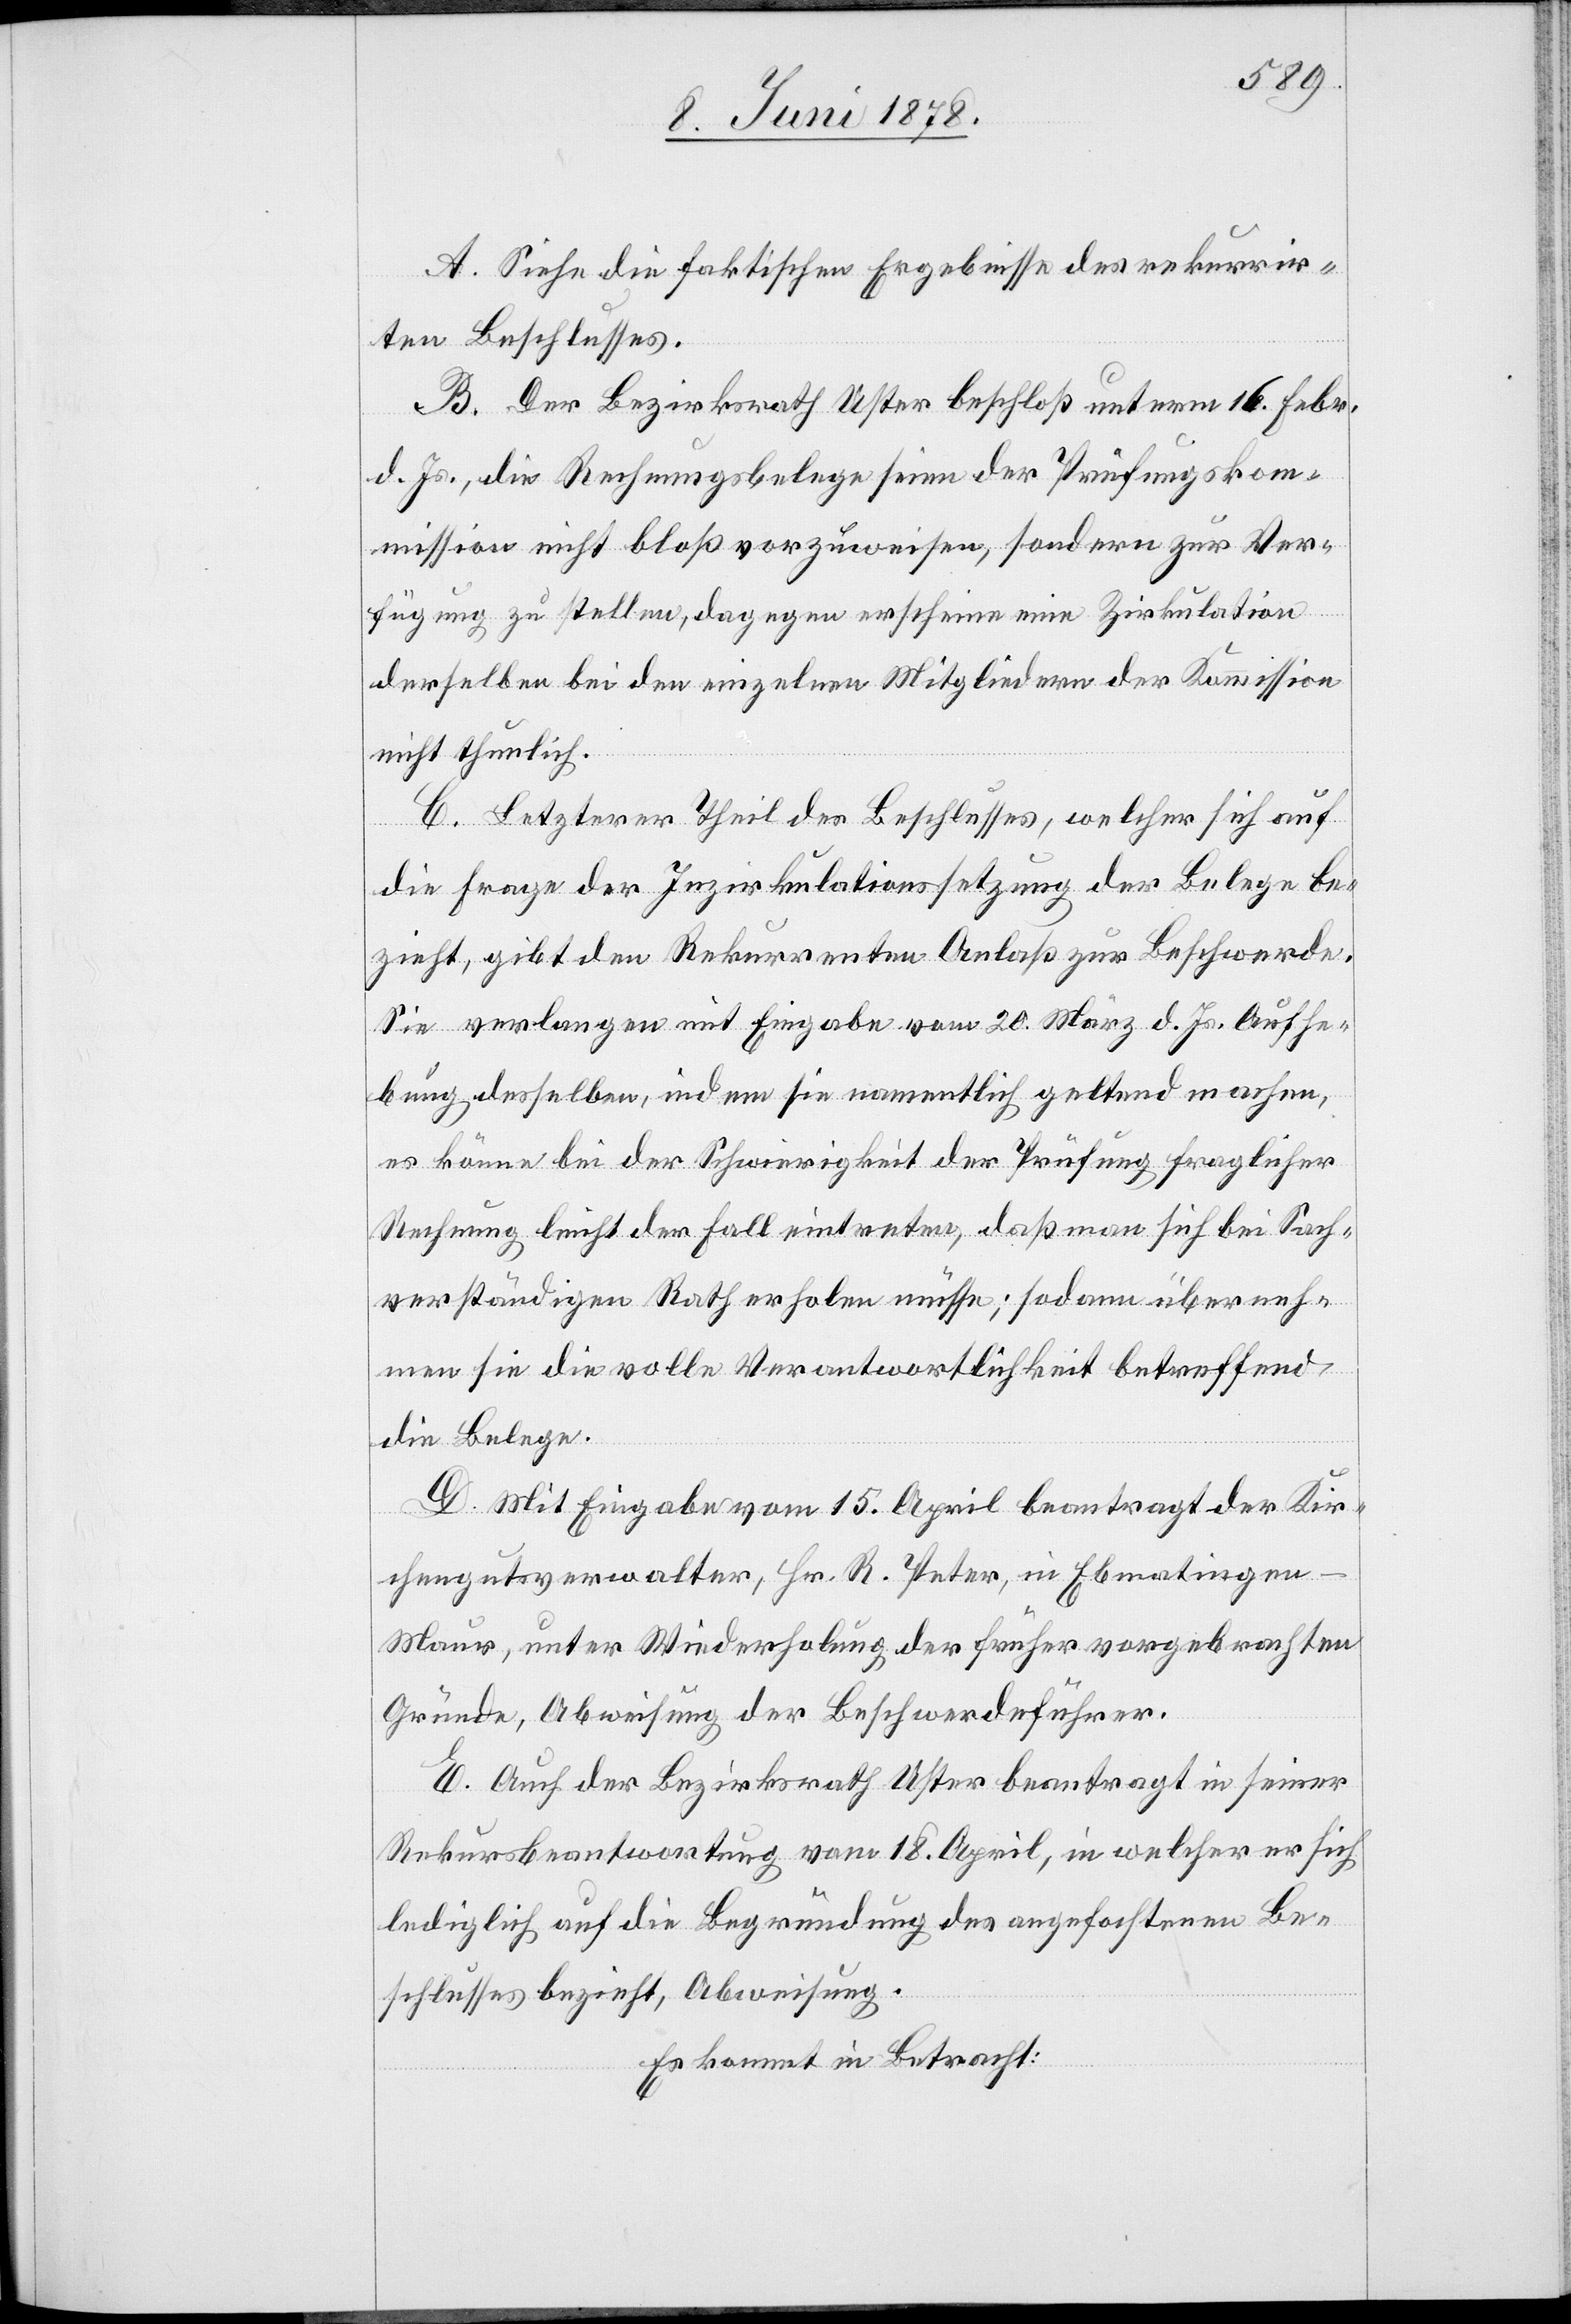
A. Siehe die faktischen Ergebnisse des rekurrir¬
ten Beschlusses.
B. Der Bezirksrath Uster beschloß unterm 16. Febr.
d. Js., die Rechnungsbelege seien der Prüfungskom¬
mission nicht bloß vorzuweisen, sondern zur Ver¬
fügung zu stellen, dagegen erscheine eine Zirkulation
derselben bei den einzelnen Mitgliedern der Kommission
nicht thunlich.
C. Letzterer Theil des Beschlusses, welcher sich auf
die Frage der Inzirkulationssetzung der Belege be¬
zieht, gibt dem Rekurrenten Anlaß zur Beschwerde.
Sie verlangen mit Eingabe vom 20. März d. Js. Aufhe¬
bung desselben, indem sie namentlich geltend machen,
es könne bei der Schwierigkeit der Prüfung fraglicher
Rechnung leicht der Fall eintreten, daß man sich bei Sach¬
verständigen Rath erholen müsse, sodann überneh¬
men sie die volle Verantwortlichkeit betreffend
die Belege.
D. Mit Eingabe vom 15. April beantragt der Kir¬
chengutsverwalter, Hr. R. Peter, in Ebmatingen
Maur, unter Wiederholung der früher vorgebrachten
Gründe, Abweisung der Beschwerdeführer.
E. Auch der Bezirksrath Uster beantragt in seiner
Rekursbeantwortung vom 18. April, in welcher er sich
lediglich auf die Begründung des angefochtenen Be¬
schlusses bezieht, Abweisung.
Es kommt in Betracht: